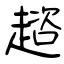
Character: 趦